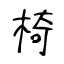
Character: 椅